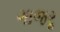
ગાજરૢ